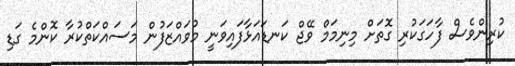
ކުރިންވެސް ފާހަގަކުރި ގޮތަށް މިނިމަމް ވޭޖް ކަނޑައަޅާފައިވަނީ މުވައްޒަފުން މަސައްކަތްކުރާ ކޮންމެ ގަޑި